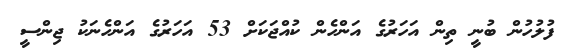
ފުލުހުން ބުނީ ތިން އަހަރުގެ އަންހެން ކުއްޖަކަށް 53 އަހަރުގެ އަންހެނަކު ޖިންސީ